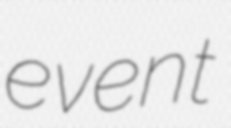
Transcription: event